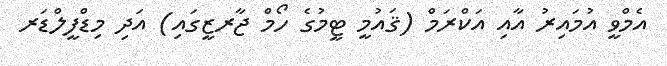
އެމްވީ އުމައިރު އާއި އަކްރަމް (ޤައުމީ ޓީމުގެ ހޯމް ޖާރޒީގައި) އަދި މިޑްފީލްޑަރ